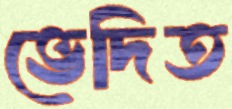
ভেদিত